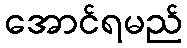
အောင်ရမည်